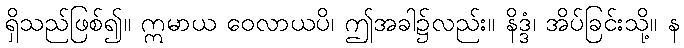
ရှိသည်ဖြစ်၍။ ဣမာယ ဝေလာယပိ၊ ဤအခါ၌လည်း။ နိဒ္ဒံ၊ အိပ်ခြင်းသို့။ န